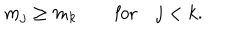
LaTeX: m _ { j } \geq m _ { k } \qquad \mathrm { f o r } \quad j < k .